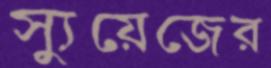
স্যুয়েজের